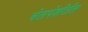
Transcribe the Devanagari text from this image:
चेतापेशींतील